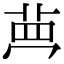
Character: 𮎳